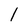
Character: 1